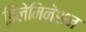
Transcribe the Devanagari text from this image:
डिलेमिनेशन